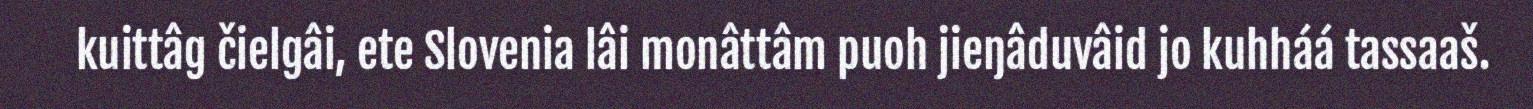
kuittâg čielgâi, ete Slovenia lâi monâttâm puoh jieŋâduvâid jo kuhháá tassaaš.